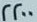
2200